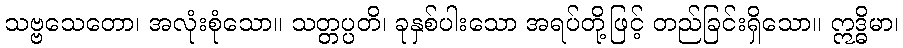
သဗ္ဗသေတော၊ အလုံးစုံသော။ သတ္တပ္ပတိ၊ ခုနှစ်ပါးသော အရပ်တို့ဖြင့် တည်ခြင်းရှိသော။ ဣဒ္ဓိမာ၊